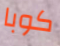
كوبا